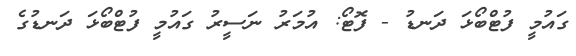
ގައުމީ ފުޓްބޯޅަ ދަނޑު - ފޮޓޯ: އުމަރު ނަސީރު ގައުމީ ފުޓްބޯޅަ ދަނޑުގެ